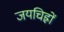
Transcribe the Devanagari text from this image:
जयचिह्नों